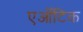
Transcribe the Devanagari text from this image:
एऑटिक